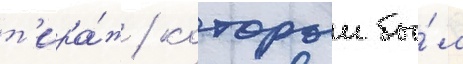
т'ира́ж / которыи бы́л